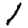
Digit: 1